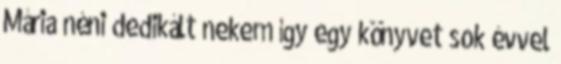
Mária néni dedikált nekem így egy könyvet sok évvel